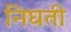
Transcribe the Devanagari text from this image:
निघती